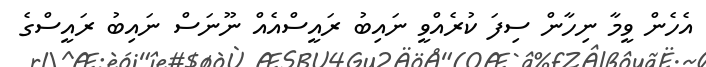
އެހެން ވީމާ ނިހާން ސިފަ ކުރެއްވީ ނައިބު ރައީސްއެއް ނޫނަސް ނަައިބު ރައީސްގެ